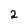
Character: 2